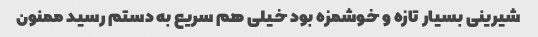
شیرینی بسیار تازه و خوشمزه بود خیلی هم سریع به دستم رسید ممنون